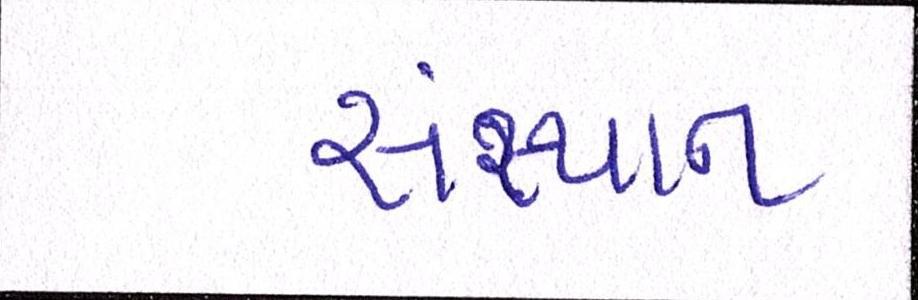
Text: સંસ્થાન